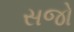
સજો